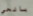
بالحي